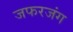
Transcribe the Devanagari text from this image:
जफरजंग